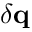
\delta \mathbf { q }